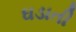
ઘડાતી